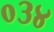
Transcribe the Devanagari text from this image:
०३४